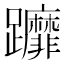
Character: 𨇻